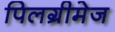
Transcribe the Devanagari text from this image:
पिलग्रीमेज